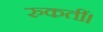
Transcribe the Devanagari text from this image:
रुकतीं।